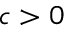
c > 0